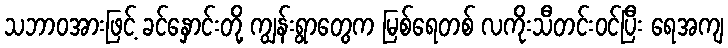
သဘာဝအားဖြင့် ခင်နှောင်းတို့ ကျွန်းရွာတွေက မြစ်ရေတစ် လကိုးသီတင်းဝင်ပြီး ရေအကျ